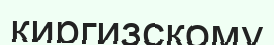
киргизскому